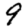
Digit: 9